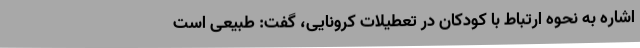
اشاره به نحوه ارتباط با کودکان در تعطیلات کرونایی، گفت: طبیعی است